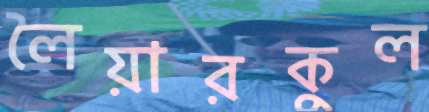
লৈয়ারকুল